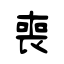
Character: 喪